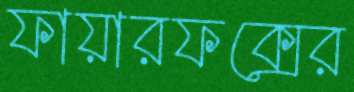
ফায়ারফক্সের